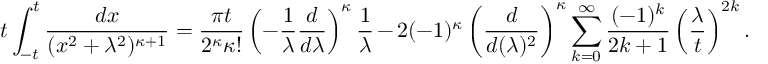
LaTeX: t \int _ { - t } ^ { t } \frac { d x } { ( x ^ { 2 } + \lambda ^ { 2 } ) ^ { \kappa + 1 } } = \frac { \pi t } { 2 ^ { \kappa } \kappa ! } \left( - \frac { 1 } { \lambda } \frac { d } { d \lambda } \right) ^ { \kappa } \frac { 1 } { \lambda } - 2 ( - 1 ) ^ { \kappa } \left( \frac { d } { d ( \lambda ) ^ { 2 } } \right) ^ { \kappa } \sum _ { k = 0 } ^ { \infty } \frac { ( - 1 ) ^ { k } } { 2 k + 1 } \left( \frac { \lambda } { t } \right) ^ { 2 k } .